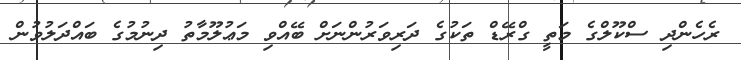
ރެހެންދި ސްކޫލްގެ މަތީ ގްރޭޑް ތަކުގެ ދަރިވަރުންނަށް ބޭއްވި މަޢުލޫމާތު ދިނުމުގެ ބައްދަލުވުން